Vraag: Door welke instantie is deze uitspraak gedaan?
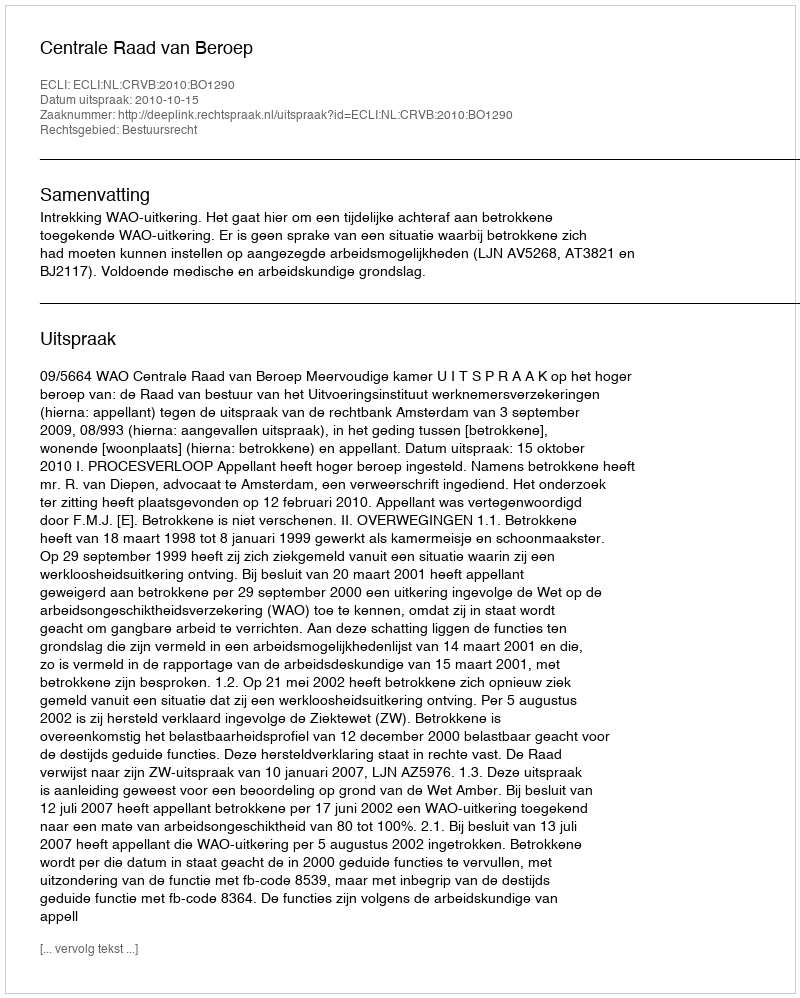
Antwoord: Centrale Raad van Beroep